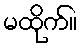
မထိုက်။